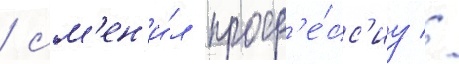
/ см'ен'и́л проф'е́сс'иу //